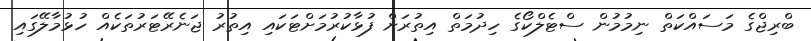
ބްރިޖްގެ މަސައްކަތް ނިމުމުން ސްޓެލްކޯގެ ހިދުމަތް އިތުރަށް ފުޅާކުރުމަށްޓަކައި އިތުރު ޖަނެރޭޓަރުތަކެއް ހުޅުމާލޭގައި